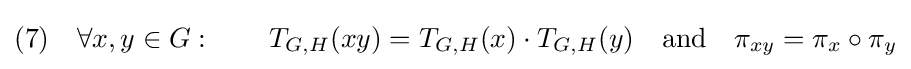
(7)\quad \forall x,y\in G:\qquad T_{G,H}(xy)=T_{G,H}(x)\cdot T_{G,H}(y)\quad {\text{and}}\quad \pi _{xy}=\pi _{x}\circ \pi _{y}